Lunatic asylums Bombay report 1891-1903 - 1891-1903
Year: 1891
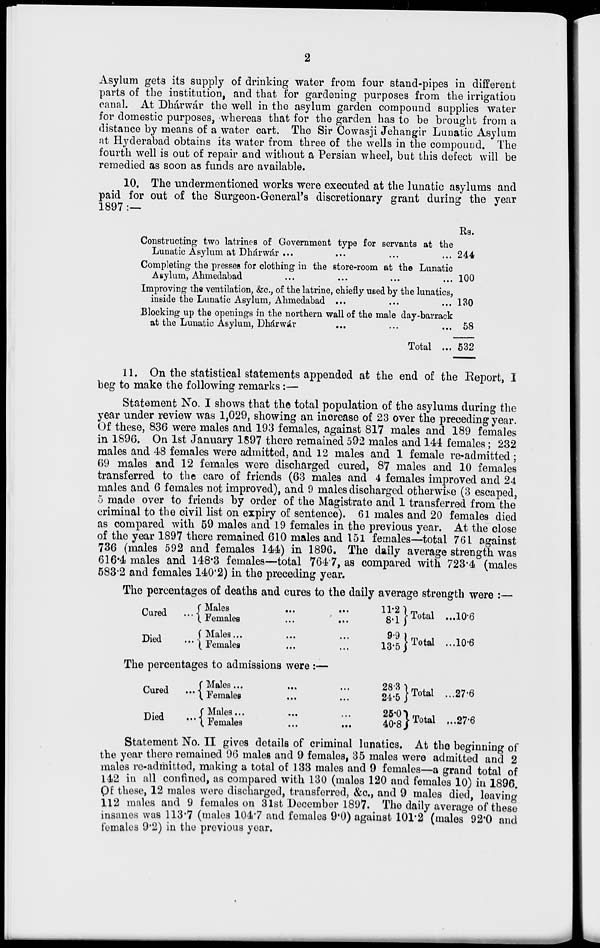
2
Asylum gets its supply of drinking water from four stand-pipes in different
parts of the institution, and that for gardening purposes from the irrigation
canal. At Dhárwár the well in the asylum garden compound supplies water
for domestic purposes, whereas that for the garden has to be brought from a
distance by means of a water cart. The Sir Cowasji Jehangir Lunatic Asylum
at Hyderabad obtains its water from three of the wells in the compound. The
fourth well is out of repair and without a Persian wheel, but this defect will be
remedied as soon as funds are available.
10. The undermentioned works were executed at the lunatic asylums and
paid for out of the Surgeon-General's discretionary grant during the year
1897:—
Constructing two latrines of Government type for servants at the
Lunatic Asylum at Dhárwár ... ... ...
Completing the presses for clothing in the store-room at the Lunatic
Asylum, Ahmedabad ... ... ... ...
Improving the ventilation, &c., of the latrine, chiefly used by the lunatics,
inside the Lunatic Asylum, Ahmedabad ...
Blocking up the openings in the northern wall of the male day-barrack
at the Lunatic Asylum, Dhárwár ... ... ...
Total ...
Rs.
244
100
130
58
532
11. On the statistical statements appended at the end of the Report, I
beg to make the following remarks:—
Statement No. I shows that the total population of the asylums during the
year under review was 1,029, showing an increase of 23 over the preceding year.
Of these, 836 were males and 193 females, against 817 males and 189 females
in 1896. On 1st January 1897 there remained 592 males and 144 females; 232
males and 48 females were admitted, and 12 males and 1 female re-admitted ;
69 males and 12 females were discharged cured, 87 males and 10 females
transferred to the care of friends (63 males and 4 females improved and 24
males and 6 females not improved), and 9 males discharged otherwise (3 escaped,
5 made over to friends by order of the Magistrate and 1 transferred from the
criminal to the civil list on expiry of sentence). 61 males and 20 females died
as compared with 59 males and 19 females in the previous year. At the close
of the year 1897 there remained 610 males and 151 females—total 761 against
736 (males 592 and females 144) in 1896. The daily average strength was
616.4 males and 148.3 females—total 764.7, as compared with 723.4 (males
583.2 and females 140.2) in the preceding year.
The percentages of deaths and cures to the daily average strength were :—
Cured
...
Died
...
Males
...
...
...
Females ... ...
Males ... ... ...
Females ... ...
11.2
8.1
9.9
13.5
Total ...
Total ...
The percentages to admissions were :—
Cured
...
Died
...
Males ... ... ...
Females ... ...
Males ... ... ...
Females
...
...
28.3
24.5
25.0
40.8
Total ...
Total ...
10.6
10.6
27.6
27.6
Statement No. II gives details of criminal lunatics. At the beginning of
the year there remained 96 males and 9 females, 35 males were admitted and 2
males re-admitted, making a total of 133 males and 9 females—a grand total of
142 in all confined, as compared with 130 (males 120 and females 10) in 1896.
Of these, 12 males were discharged, transferred, &c., and 9 males died, leaving
112 males and 9 females on 31st December 1897. The daily average of these
insanes was 113.7 (males 104.7 and females 9.0) against 101.2 (males 92.0 and
females 9.2) in the previous year.